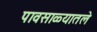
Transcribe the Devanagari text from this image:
पावसाळ्यातले